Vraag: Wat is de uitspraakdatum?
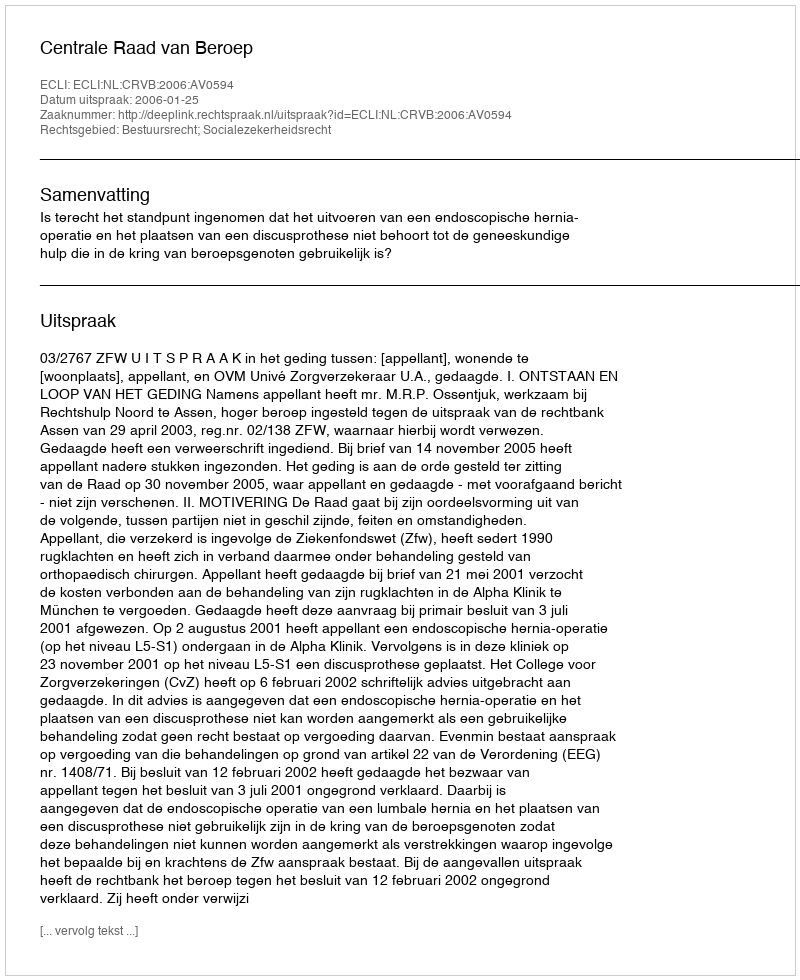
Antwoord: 2006-01-25